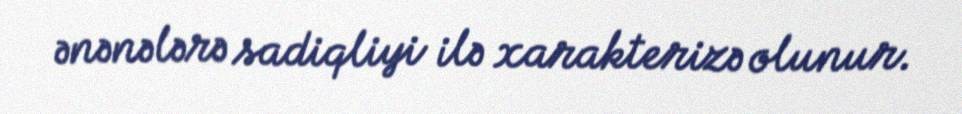
ənənələrə sadiqliyi ilə xarakterizə olunur.